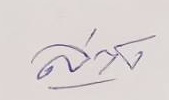
ล่าง